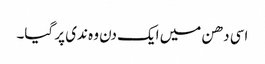
اسی دھن میں ایک دن وہ ندی پر گیا۔